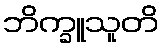
ဘိက္ခူသူတိ